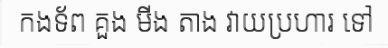
កងទ័ព គួង មីង តាង វាយប្រហារ ទៅ